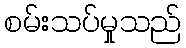
စမ်းသပ်မှုသည်